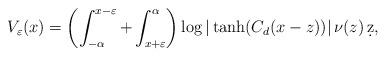
LaTeX: \begin{align*}V_{\varepsilon}(x)= \left(\int_{-\alpha}^{x - \varepsilon} + \int_{x + \varepsilon}^{\alpha} \right) \log |\tanh(C_{d}(x-z))|\, \nu(z)\, \d z, \end{align*}